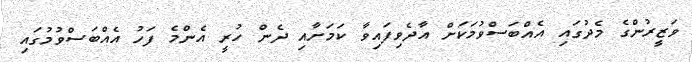
ވަޒީރުންގެ މެދުގައި އެއްބަސްވުމަކަށް އާދެވިފައިވާ ކަމަށާއި ދެން ހުރީ އެންމެ ފަހު އެއްބަސްވުމުގައި